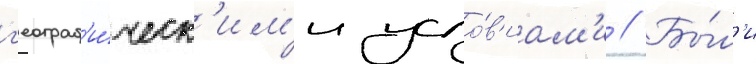
г'еограф'и́ческ'им'и усло́в'иам'и // Бы́л'и